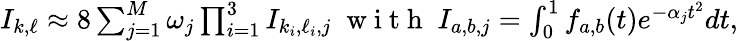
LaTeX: \begin{array}{r}{I_{k,\ell}\approx 8\sum_{j=1}^{M}\omega_{j}\prod_{i=1}^{3}I_{k_{i},\ell_{i},j}\; \mathrm{~w~i~t~h~}\; I_{a,b,j}=\int_{0}^{1}f_{a,b}(t)e^{-\alpha_{j}t^{2}}dt,}\end{array}